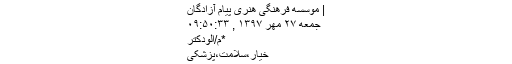
| موسسه فرهنگی هنری پیام آزادگان
جمعه ۲۷ مهر ۱۳۹۷ , ۰۹:۵۰:۳۳
*م/الودکتر
خیار،سلامت،پزشکی